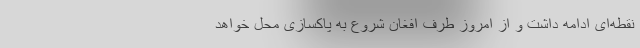
نقطه‌ای ادامه داشت و از امروز طرف افغان شروع به پاکسازی محل خواهد